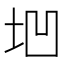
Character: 垇